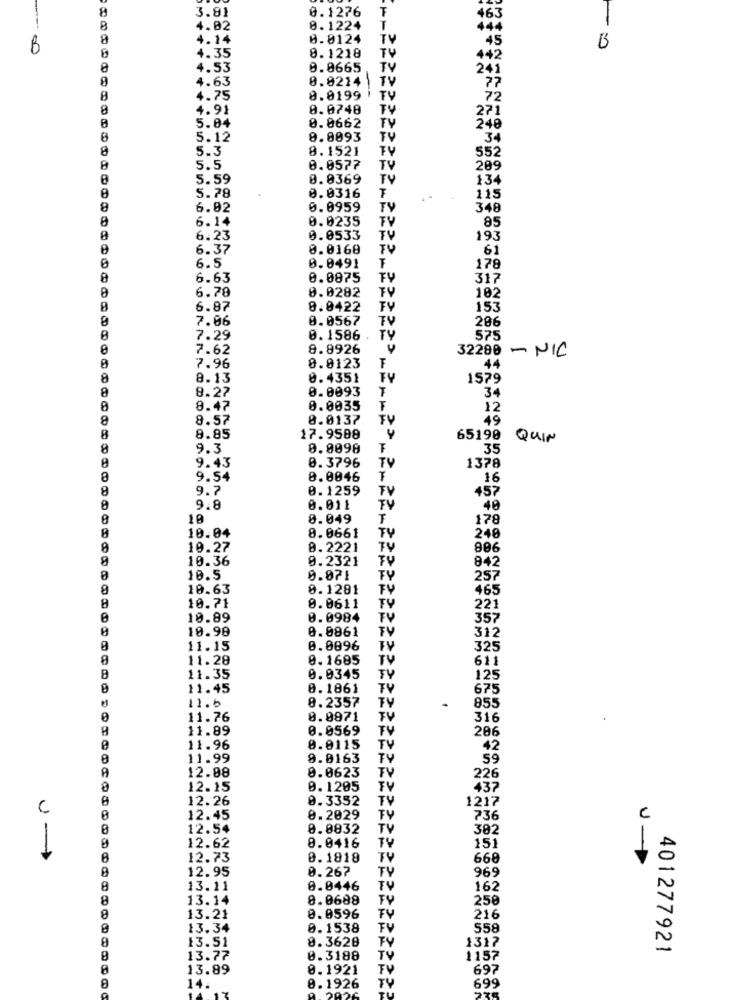
8
3.81
0.1276
F
463
4.02
8.1224
a
4.14
0.0124
TV
45
B
8.1218
TV
-: 0
4.35
442
8
4.53
0.0665
TV
241
4.63
0.8214
TV
77
8
4.75
8.0199
TY
72
8
4.91
0.0748
TY
271
TY
5.04
8.0662
248
8
5.12
8.8093
TV
34
5.3
8.1521
552
5.5
0.0577
TV
209
5.59
0.8369
TV
134
0.0316
5.78
115
8
6.92
0.0959
TV
348
6.14
0.0235
TV
85
6.23
0.0533
193
6.37
0.0168
TV
61
0.0491
6.5
178
6.63
0.0875
FY
317
6.78
0.0282
TV
102
6.87
8.8422
FY
153
7.06
0.0567
TV
286
7.29
0.1586 .
TY
575
7.62
8.8926
32280 - NIC
F
7.96
0.0123
44
8
8.13
0.4351
FV
1579
8
8.27
0.0093
34
8.47
0.0035
F
12
8
8.57
0.0137
FV
49
8
8.85
17.9588
65190
QUIN
9.3
0.0098
35
1378
9.43
8.3796
TV
9.54
0.0046
16
9.7
0.1259
FV
457
9.8
0.011
TV
40
8
10
0.049
F
178
8
10.04
TY
8.0661
248
10.27
8.2221
TV
806
8
10.36
0.2321
TV
842
10.5
0.071
257
10.63
0.1281
465
8
0.0611
10.71
TV
221
10.89
0.0984
TV
357
10.98
0.0861
312
11.15
0.0896
325
11.28
0.1685
TV
611
11.35
0.0345
125
11.45
0.1861
TV
675
11.6
8.2357
TV
855
11.76
0.0971
FV
316
11.89
0.0569
286
TV
11.96
0.0115
42
11.99
9.0163
TU
59
12.08
0.0623
TV
226
12.15
0.1205
437
A
12.26
0.3352
TV
1217
C
12.45
0.2029
FY
736
12.54
0.0832
TV
382
8.0416
TV
12.62
151
12.73
0.1818
TV
668
12.95
0.267
TY
969
13.11
0.0446
TV
162
8
13.14
8.0688
258
8
13.21
0.0596
TV
216
13.34
0.1538
558
8
13.51
8.3628
1317
401277921
13.77
0.3188
TV
1157
13.89
0.1921
697
8
TU
699
14.
0.1926